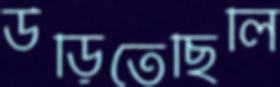
উড়িতেছিলি